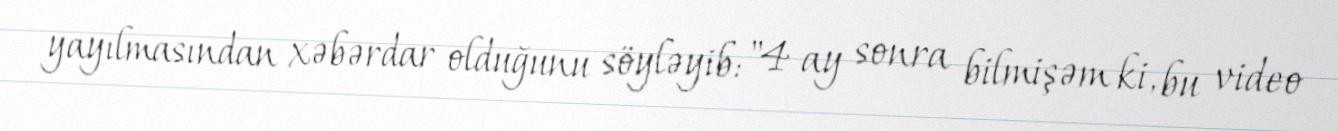
yayılmasından xəbərdar olduğunu söyləyib: "4 ay sonra bilmişəm ki, bu video